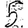
Digit: 5